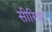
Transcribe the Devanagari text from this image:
सीरिथा